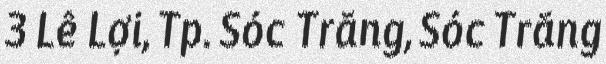
3 Lê Lợi, Tp. Sóc Trăng, Sóc Trăng